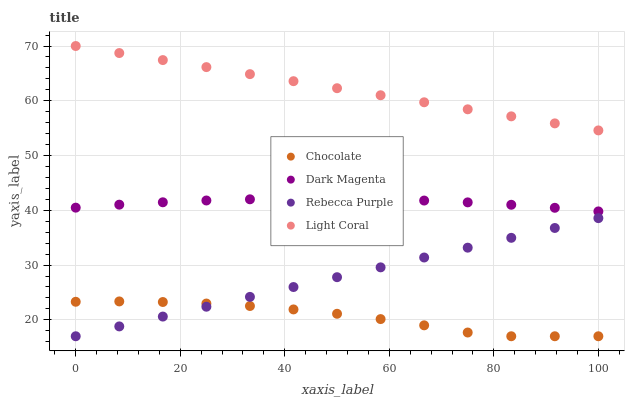
| xaxis_label | Chocolate | Dark Magenta | Rebecca Purple | Light Coral |
 | --- | --- | --- | --- | --- |
 | 0 | 23.3 | 40.5 | 17 | 70 |
 | 8.33 | 23.4 | 41 | 18.8 | 68.7 |
 | 16.7 | 23.3 | 41.5 | 20.6 | 67.4 |
 | 25 | 23 | 41.8 | 22.4 | 66.1 |
 | 33.3 | 22.5 | 42 | 24.2 | 64.9 |
 | 41.7 | 21.9 | 42.1 | 26 | 63.6 |
 | 50 | 21.1 | 42.1 | 27.8 | 62.3 |
 | 58.3 | 20.1 | 42 | 29.6 | 61 |
 | 66.7 | 19 | 41.8 | 31.4 | 59.7 |
 | 75 | 17.7 | 41.4 | 33.2 | 58.4 |
 | 83.3 | 17 | 41 | 35 | 57.2 |
 | 91.7 | 17 | 40.5 | 36.8 | 55.9 |
 | 100 | 17 | 39.8 | 38.6 | 54.6 |